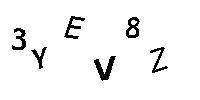
3YEV8Z